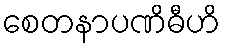
စေတနာပဏိဓီဟိ